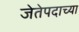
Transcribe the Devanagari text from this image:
जेतेपदाच्या